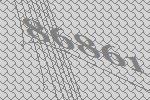
86861